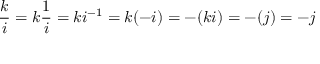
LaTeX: { \frac { k } { i } } = k { \frac { 1 } { i } } = k i ^ { - 1 } = k ( - i ) = - ( k i ) = - ( j ) = - j